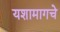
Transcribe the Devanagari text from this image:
यशामागचे